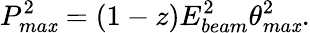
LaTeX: P_{ma\mathit{x}}^{2}=(1-z)E_{beam}^{2}\theta_{ma\mathit{x}}^{2}.